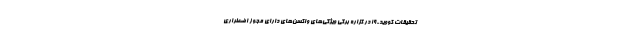
تحقیقات کووید-19 در گزاره برگی ویژگی‌های واکسن‌های دارای مجوز اضطراری